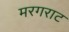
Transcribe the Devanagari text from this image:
मरगराट